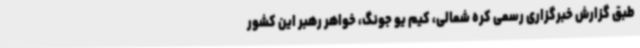
طبق گزارش خبرگزاری رسمی کره شمالی، کیم یو جونگ، خواهر رهبر این کشور